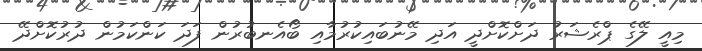
މިއީ ލޭގެ ޕްރެޝަރު ދަށްކޮށްދީ އަދި މޭނުބައިކުރުމާއި ބޯއެނބުރުން ފަދަ ކަންކަމުން ދުރުކޮށްދޭ